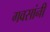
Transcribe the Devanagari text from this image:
गवसांनी